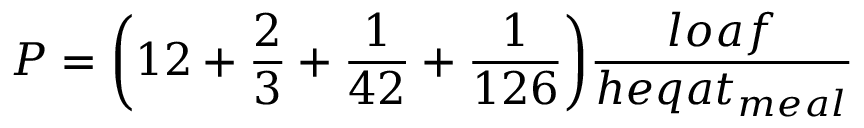
P = { \bigg ( } 1 2 + { \frac { 2 } { 3 } } + { \frac { 1 } { 4 2 } } + { \frac { 1 } { 1 2 6 } } { \bigg ) } { \frac { l o a f } { h e q a t _ { m e a l } } }